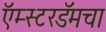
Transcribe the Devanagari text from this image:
ऍम्स्टरडॅमचा